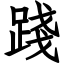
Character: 踐